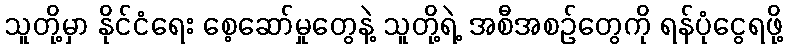
သူတို့မှာ နိုင်ငံရေး စေ့ဆော်မှုတွေနဲ့ သူတို့ရဲ့ အစီအစဉ်တွေကို ရန်ပုံငွေရဖို့